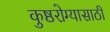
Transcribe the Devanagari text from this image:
कुष्ठरोग्यासाठी